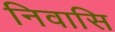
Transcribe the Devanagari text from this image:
निवासि